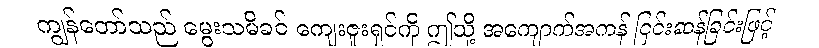
ကျွန်တော်သည် မွေးသမိခင် ကျေးဇူးရှင်ကို ဤသို့ အကျောက်အကန် ငြင်းဆန်ခြင်းဖြင့်